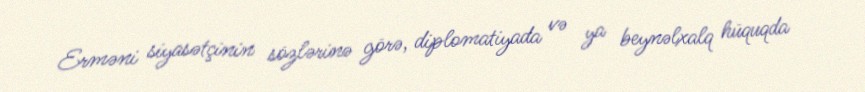
Erməni siyasətçinin sözlərinə görə, diplomatiyada və ya beynəlxalq hüquqda